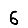
Digit: 6